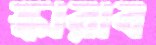
স্কারাব